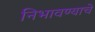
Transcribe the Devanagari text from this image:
निभावण्याचे